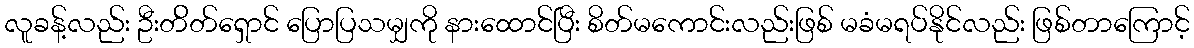
လူခန့်လည်း ဦးတ်ိတ်ရှောင် ပြောပြသမျှကို နားထောင်ပြီး စိတ်မကောင်းလည်းဖြစ် မခံမရပ်နိုင်လည်း ဖြစ်တာကြောင့်